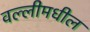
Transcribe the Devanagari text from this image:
वल्लीमधील